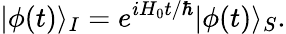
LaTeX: |\phi(t)\rangle_{I}=e^{iH_{0}t/\hbar}|\phi(t)\rangle_{S}.